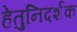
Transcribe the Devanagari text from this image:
हेतुनिदर्शक